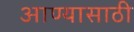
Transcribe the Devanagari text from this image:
आण्यासाठी